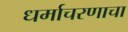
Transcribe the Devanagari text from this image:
धर्माचरणाचा